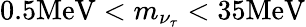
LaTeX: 0.5\mathrm{MeV}<m_{\nu_{\tau}}<35\mathrm{MeV}